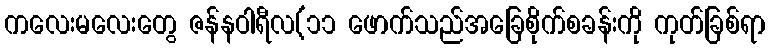
ကလေးမလေးတွေ ဇန်နဝါရီလ(၁၁ ဖောက်သည်အခြေစိုက်စခန်းကို ကုတ်ခြစ်ရာ